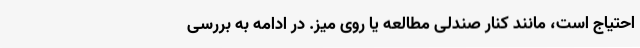
احتیاج است، مانند کنار صندلی مطالعه یا روی میز. در ادامه به بررسی